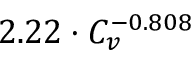
2 . 2 2 \cdot C _ { v } ^ { - 0 . 8 0 8 }